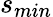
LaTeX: s_{min}